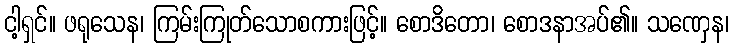
ငါ့ရှင်။ ဖရုသေန၊ ကြမ်းကြုတ်သောစကားဖြင့်။ စောဒိတော၊ စောဒနာအပ်၏။ သဏှေန၊